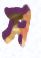
স